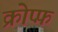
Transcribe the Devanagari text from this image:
क्रोप्फ़